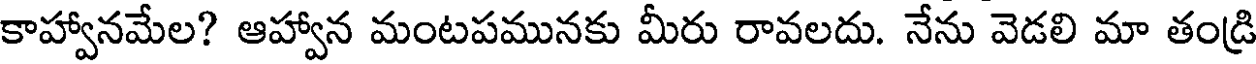
కాహ్వానమేల? ఆహ్వాన మంటపమునకు మీరు రావలదు. నేను వెడలి మా తండ్రి